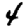
Digit: 4